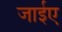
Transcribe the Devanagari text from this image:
जाईए